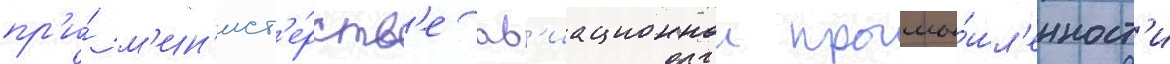
пр'и́ м'ин'ист'е́рств'е ав'иационнои промы́шл'енност'и